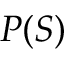
P ( S )